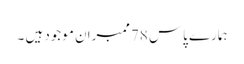
ہمارے پاس 78ممبران موجود ہیں ۔